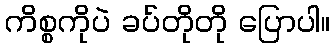
ကိစ္စကိုပဲ ခပ်တိုတို ပြောပါ။